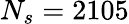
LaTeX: N_{s}=2105